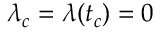
\lambda _ { c } = \lambda ( t _ { c } ) = 0